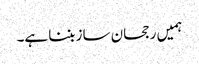
ہمیں رجحان ساز بننا ہے۔